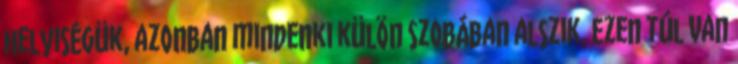
helyiségük, azonban mindenki külön szobában alszik. Ezen túl van